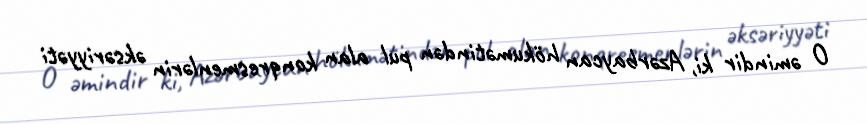
O əmindir ki, Azərbaycan hökumətindən pul alan konqresmenlərin əksəriyyəti